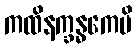
ကထိနက္ခန္ဓကေပိ